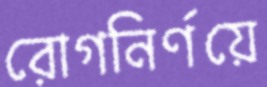
রোগনির্ণয়ে